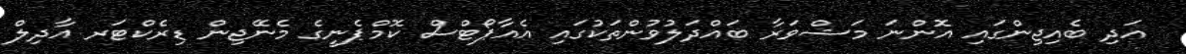
އަދި ބެއިޖިންގައި އޮންނަ މަޝްވަރާ ބައްދަލުވުންތަކުގައި އެއާޕޯޓްސް ކޮމްޕެނީގެ މެނޭޖިން ޑިރެކްޓަރ އާދިލް